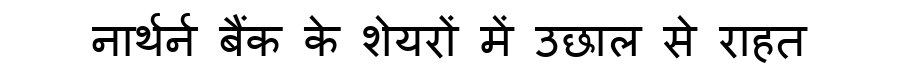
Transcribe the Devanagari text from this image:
नार्थर्न बैंक के शेयरों में उछाल से राहत